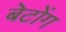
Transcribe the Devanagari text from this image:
बेटोंग